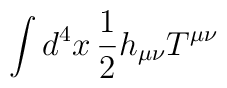
\int d^4 x \, {1\over 2} h_{\mu\nu}  T^{\mu\nu}